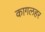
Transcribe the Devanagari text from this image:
कागलहर